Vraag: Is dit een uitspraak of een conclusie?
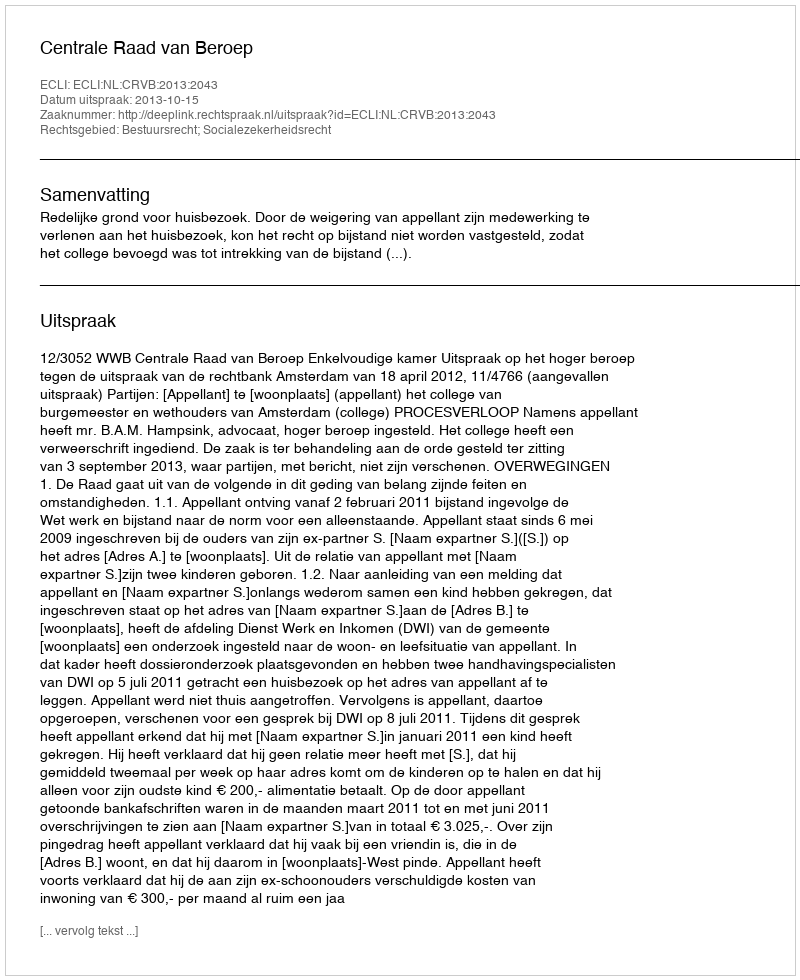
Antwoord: Uitspraak